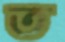
ত